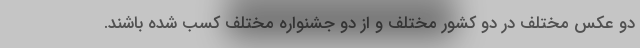
دو عکس مختلف در دو کشور مختلف و از دو جشنواره مختلف کسب شده باشند.